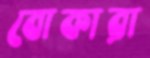
বোকারা